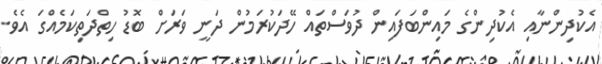
އެކުދިންނާއި އެކުދިންގެ މައިންބަފައިން ދުވަސްތައް ހޭދަކުރަމުން ދަނީ ވަރަށް ބޮޑު ހިތްދަތިކަމެއްގަ އެވެ.